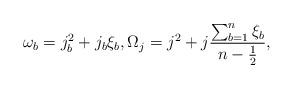
LaTeX: \begin{align*}\omega_{b}=j_b^2+j_b\xi_b,\Omega_{j}=j^2+j\frac{\sum_{b=1}^n\xi_b}{n-\frac12},\end{align*}